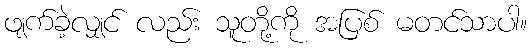
ဖျက်ခဲ့လျှင် လည်း သူတို့ကို အပြစ် မတင်သာပါ။